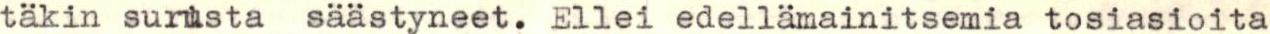
täkin surhsta säästyneet. Ellei edellämainitsemia tosiasioita